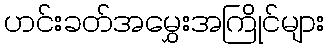
ဟင်းခတ်အမွှေးအကြိုင်များ